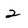
Character: 2